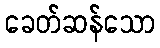
ခေတ်ဆန်သော